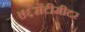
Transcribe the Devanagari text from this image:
७६सेंटीमीटर